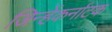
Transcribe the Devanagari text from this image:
जिन्हेंकर्नाटक